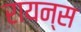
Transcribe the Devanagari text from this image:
रायन्स